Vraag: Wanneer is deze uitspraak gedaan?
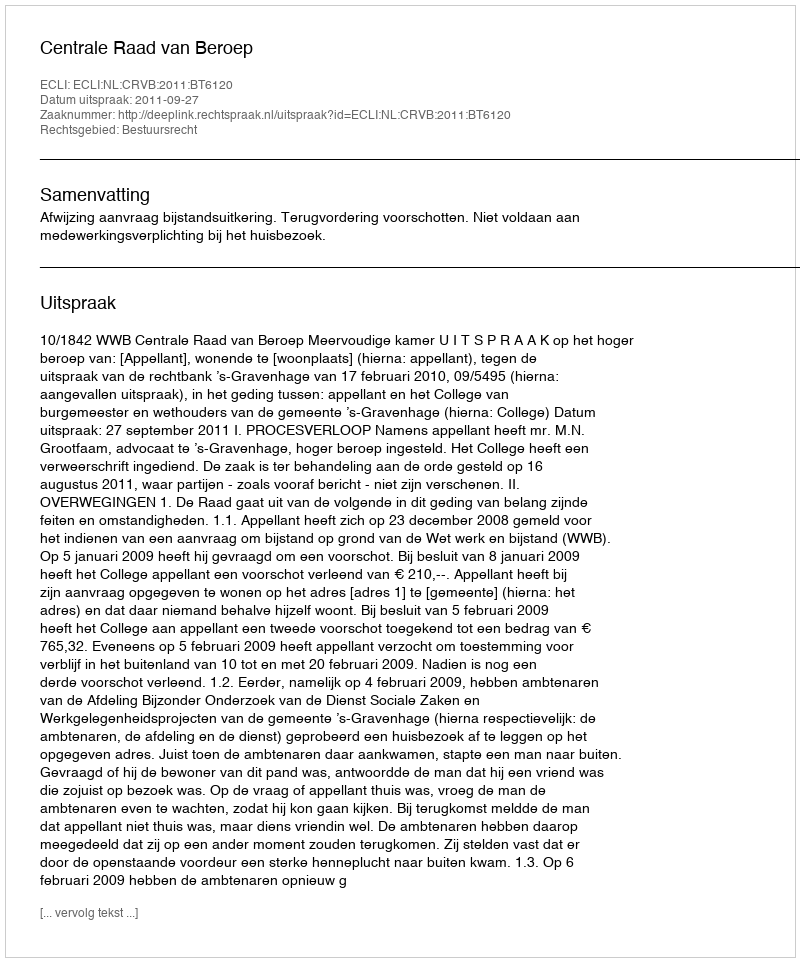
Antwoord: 2011-09-27